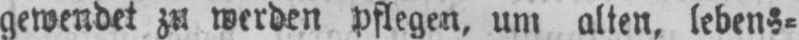
gewendet zu werden pflegen, um, alten, lebens⸗